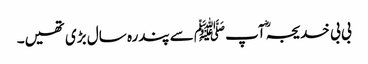
بی بی خدیجہؓ آپﷺ سے پندرہ سال بڑی تھیں۔